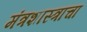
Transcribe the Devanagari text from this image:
मंत्रशास्त्राचा